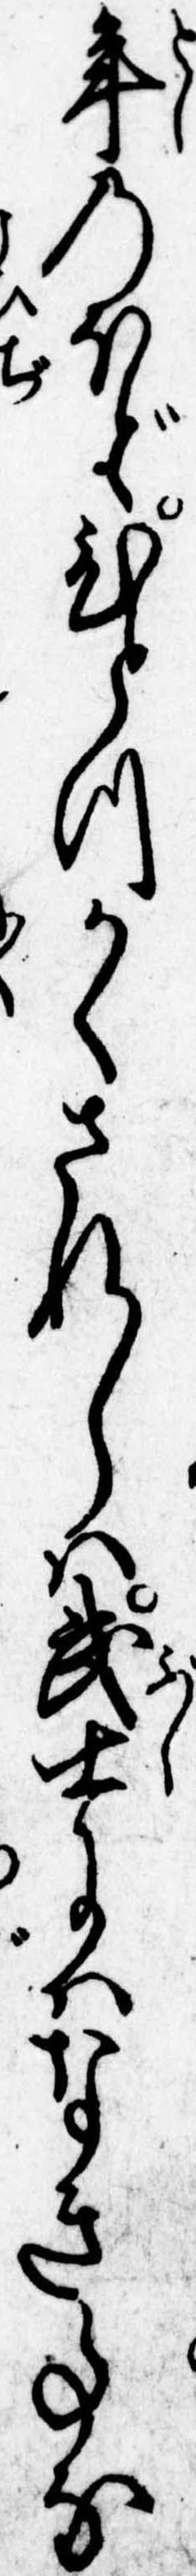
年のほどひとつかくされしは武士にはなき事な